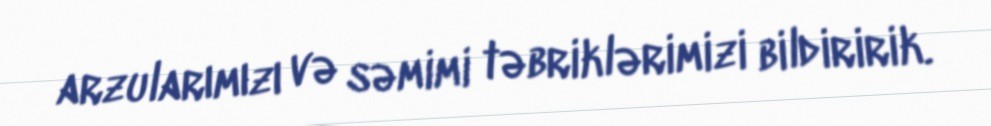
arzularımızı və səmimi təbriklərimizi bildiririk.